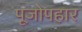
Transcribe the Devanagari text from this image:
पूजोपहार